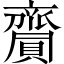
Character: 齎